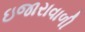
ઇજારાવાળી